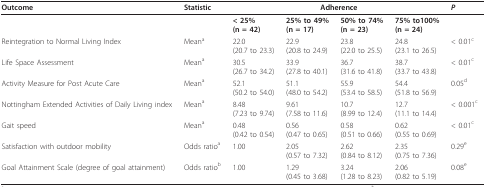
<table><thead><tr><td><b>Outcome</b></td><td><b>Statistic</b></td><td colspan="4"><b>Adherence</b></td><td><b><i>P</i></b></td></tr></thead><tbody><tr><td></td><td></td><td><b>&lt; 25%</b><b>(n = 42)</b></td><td><b>25% to 49%</b><b>(n = 17)</b></td><td><b>50% to 74%</b><b>(n = 23)</b></td><td><b>75% to100%</b><b>(n = 24)</b></td><td></td></tr><tr><td>Reintegration to Normal Living Index</td><td>Mean<sup>a</sup></td><td>22.0(20.7 to 23.3)</td><td>22.9(20.8 to 24.9)</td><td>23.8(22.0 to 25.5)</td><td>24.8(23.1 to 26.5)</td><td>&lt; 0.01<sup>c</sup></td></tr><tr><td>Life Space Assessment</td><td>Mean<sup>a</sup></td><td>30.5(26.7 to 34.2)</td><td>33.9(27.8 to 40.1)</td><td>36.7(31.6 to 41.8)</td><td>38.7(33.7 to 43.8)</td><td>&lt; 0.01<sup>c</sup></td></tr><tr><td>Activity Measure for Post Acute Care</td><td>Mean<sup>a</sup></td><td>52.1(50.2 to 54.0)</td><td>51.1(48.0 to 54.2)</td><td>55.9(53.4 to 58.5)</td><td>54.4(51.8 to 56.9)</td><td>0.05<sup>d</sup></td></tr><tr><td>Nottingham Extended Activities of Daily Living index</td><td>Mean<sup>a</sup></td><td>8.48(7.23 to 9.74)</td><td>9.61(7.58 to 11.6)</td><td>10.7(8.99 to 12.4)</td><td>12.7(11.1 to 14.4)</td><td>&lt; 0.001<sup>c</sup></td></tr><tr><td>Gait speed</td><td>Mean<sup>a</sup></td><td>0.48(0.42 to 0.54)</td><td>0.56(0.47 to 0.65)</td><td>0.58(0.51 to 0.66)</td><td>0.62(0.55 to 0.69)</td><td>&lt; 0.01<sup>c</sup></td></tr><tr><td>Satisfaction with outdoor mobility</td><td>Odds ratio<sup>a</sup></td><td>1.00</td><td>2.05(0.57 to 7.32)</td><td>2.62(0.84 to 8.12)</td><td>2.35(0.75 to 7.36)</td><td>0.29<sup>e</sup></td></tr><tr><td>Goal Attainment Scale (degree of goal attainment)</td><td>Odds ratio<sup>b</sup></td><td>1.00</td><td>1.29(0.45 to 3.68)</td><td>3.24(1.28 to 8.23)</td><td>2.06(0.82 to 5.19)</td><td>0.08<sup>e</sup></td></tr></tbody></table>